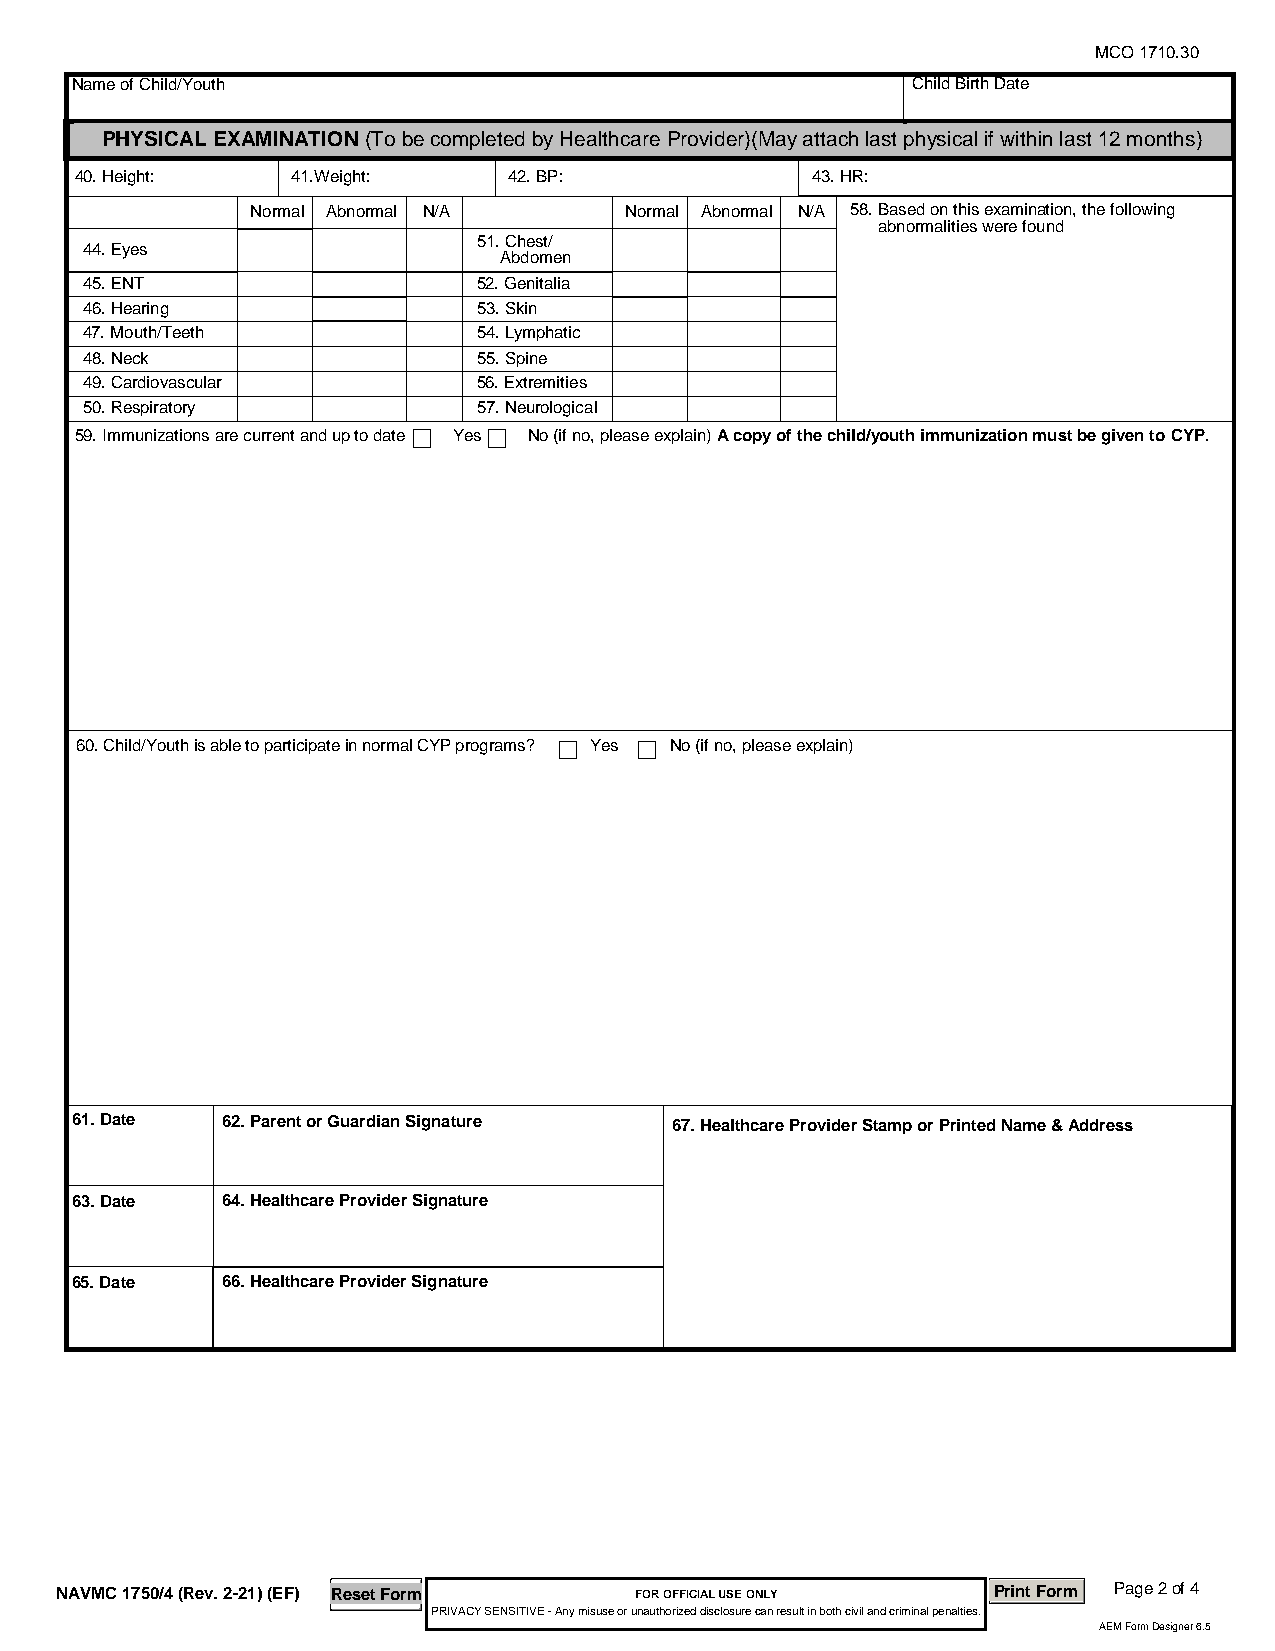
MCO 1710.30
 Name of Child/Youth                                    Child Birth Date
 PHYSICAL EXAMINATION (To be completed by Healthcare Provider)(May attach last physical if within last 12 months)
 40. Height:   41.Weight:     42. BP:             43. HR:
 Normal Abnormal N/A     Normal Abnormal N/A 58. Based on this examination, the following
 abnormalities were found
 51. Chest/
 44. Eyes
 Abdomen
 45. ENT                    52. Genitalia
 46. Hearing                53. Skin
 47. Mouth/Teeth            54. Lymphatic
 48. Neck                   55. Spine
 49. Cardiovascular         56. Extremities
 50. Respiratory            57. Neurological
 59. Immunizations are current and up to date Yes No (if no, please explain) A copy of the child/youth immunization must be given to CYP.
 60. Child/Youth is able to participate in normal CYP programs? Yes No (if no, please explain)
 61. Date  62. Parent or Guardian Signature 67. Healthcare Provider Stamp or Printed Name & Address
 63. Date  64. Healthcare Provider Signature
 65. Date  66. Healthcare Provider Signature
 NAVMC 1750/4 (Rev. 2-21) (EF) Reset Form FOR OFFICIAL USE ONLY Print Form Page 2 of 4
 PRIVACY SENSITIVE - Any misuse or unauthorized disclosure can result in both civil and criminal penalties.
 AEM Form Designer 6.5